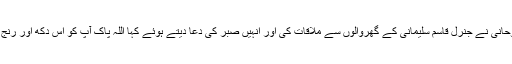
ایرانی صدر حسن روحانی نے جنرل قاسم سلیمانی کے گھروالوں سے ملاقات کی اور انہیں صبر کی دعا دیتے ہوئے کہا اللہ پاک آپ کو اس دکھ اور رنج کا بہتر صلہ دے گا۔